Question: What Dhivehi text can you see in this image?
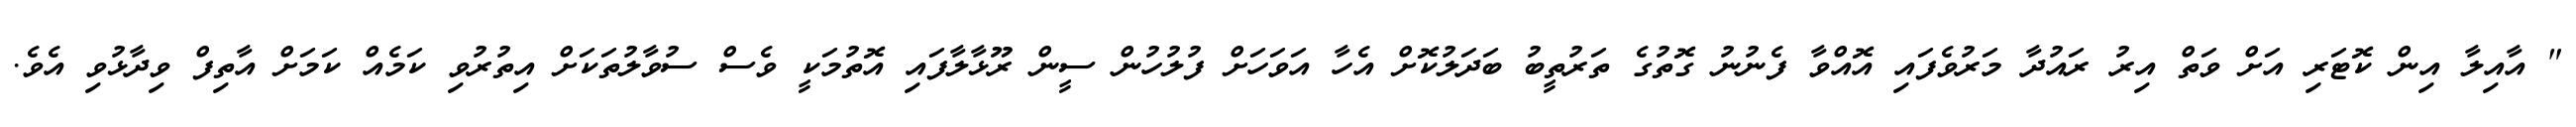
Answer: " އާއިލާ އިން ކޮޓަރި އަށް ވަތް އިރު ރައުދާ މަރުވެފައި އޮއްވާ ފެނުނު ގޮތުގެ ތަރުތީބު ބަދަލުކޮށް އެހާ އަވަހަށް ފުލުހުން ސީން ރޫޅާލާފައި އޮތުމަކީ ވެސް ސުވާލުތަކަށް އިތުރުވި ކަމެއް ކަމަށް އާތިފް ވިދާޅުވި އެވެ.